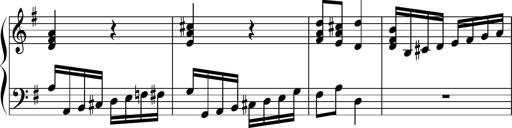
Title: Keyboard Sonatina in G
Composer: Michael Pogudin
Key: G major